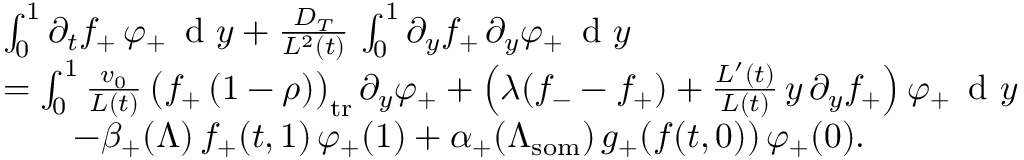
\begin{array} { r l } & { \int _ { 0 } ^ { 1 } \partial _ { t } f _ { + } \, \varphi _ { + } \, \textup { d } y + \frac { D _ { T } } { L ^ { 2 } ( t ) } \, \int _ { 0 } ^ { 1 } \partial _ { y } f _ { + } \, \partial _ { y } \varphi _ { + } \, \textup { d } y } \\ & { = \int _ { 0 } ^ { 1 } \frac { v _ { 0 } } { L ( t ) } \, \bigl ( f _ { + } \, ( 1 - \rho ) \bigr ) _ { \mathrm { t r } } \, \partial _ { y } \varphi _ { + } + \left( \lambda ( f _ { - } - f _ { + } ) + \frac { L ^ { \prime } ( t ) } { L ( t ) } \, y \, \partial _ { y } f _ { + } \right) \varphi _ { + } \, \textup { d } y } \\ & { \qquad - \beta _ { + } ( \Lambda ) \, f _ { + } ( t , 1 ) \, \varphi _ { + } ( 1 ) + \alpha _ { + } ( \Lambda _ { \mathrm { s o m } } ) \, g _ { + } ( \boldsymbol { f } ( t , 0 ) ) \, \varphi _ { + } ( 0 ) . } \end{array}